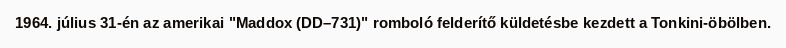
1964. július 31-én az amerikai "Maddox (DD–731)" romboló felderítő küldetésbe kezdett a Tonkini-öbölben.